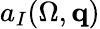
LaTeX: a_{I}(\Omega,{\mathbf q})